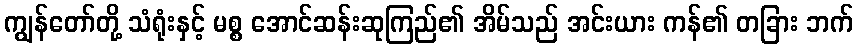
ကျွန်တော်တို့ သံရုံးနှင့် မစ္စ အောင်ဆန်းဆုကြည်၏ အိမ်သည် အင်းယား ကန်၏ တခြား ဘက်